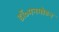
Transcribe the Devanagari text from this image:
डॉ॰मनमोहन